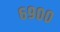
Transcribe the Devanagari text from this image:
६९००